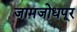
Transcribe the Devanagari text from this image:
जामजोधपूर